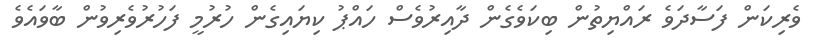
ވެރިކަން ފަސާދަވެ ރައްޔިތުން ބިކަވެގެން ދާއިރުވެސް ހައްޕު ކިޔައިގެން ހުރުމީ ފަހުރުވެރިވުން ބާވައެވެ